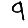
Digit: 9